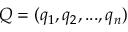
Q = ( q _ { 1 } , q _ { 2 } , . . . , q _ { n } )